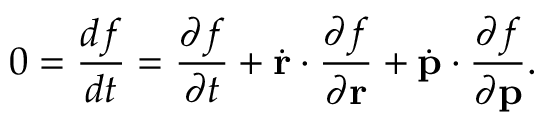
0 = \frac { d f } { d t } = \frac { \partial f } { \partial t } + \dot { \bf r } \cdot \frac { \partial f } { \partial \bf r } + \dot { \bf p } \cdot \frac { \partial f } { \partial \bf p } .